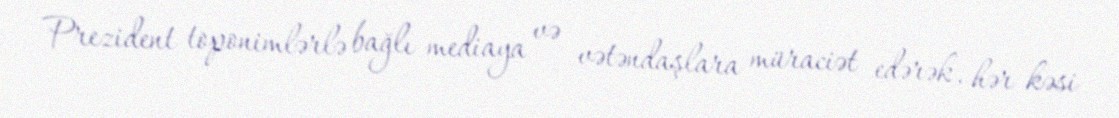
Prezident toponimlərlə bağlı mediaya və vətəndaşlara müraciət edərək, hər kəsi